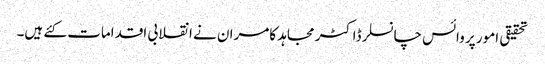
تحقیقی امور پر وائس چانسلر ڈاکٹر مجاہد کامران نے انقلابی اقدامات کئے ہیں۔